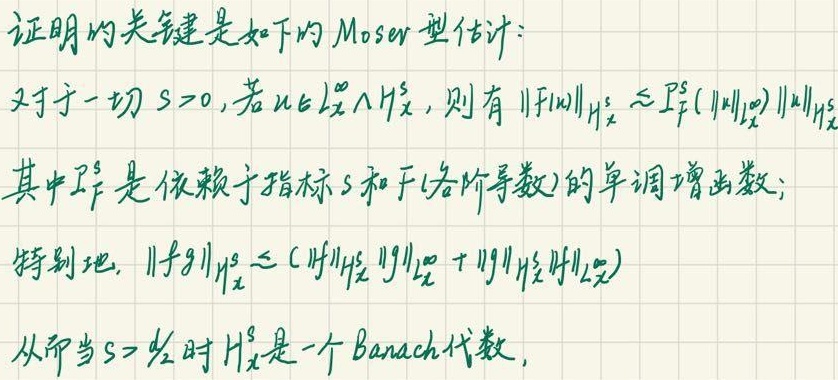
证明的关键是如下的 Moser 型估计：

对于一切 \(s > 0\), 若 \(u\in L_{x}^{\infty}\cap H_{x}^{s}\), 则有 \(\|F(u)\|_{H_{x}^{s}}\lesssim P_{F}^{s}(\|u\|_{L_{x}^{\infty}})\|u\|_{H_{x}^{s}}\)

其中 \(P_{F}^{s}\) 是依赖于指标 \(s\) 和 \(F\) (各阶导数) 的单调增函数；

特别地, \(\|fg\|_{H_{x}^{s}}\lesssim C(\|f\|_{H_{x}^{s}}\|g\|_{L_{x}^{\infty}}+\|g\|_{H_{x}^{s}}\|f\|_{L_{x}^{\infty}})\)

从而当 \(s > \frac{d}{2}\) 时 \(H_{x}^{s}\) 是一个 Banach 代数.